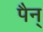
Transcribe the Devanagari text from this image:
पैन्